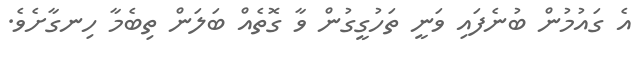
އެ ގައުމުން ބުނެފައި ވަނީ ތަހުގީގުން ވާ ގޮތެއް ބަލަން ތިބެމާ ހިނގާށެވެ.